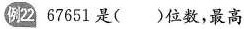
例22 67651是（ ）位数，最高